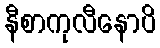
နီစာကုလီနောပိ